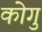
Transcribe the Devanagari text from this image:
कोगु